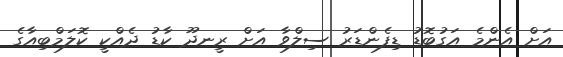
އަށް އެންމެ އަގުބޮޑު ޑިފެންޑަރު ސިލްވާ އަށް ރީނދޫ ކާޑު ދެއްކީ ކޮލަމްބިއާގެ